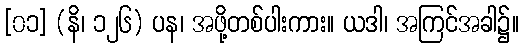
[၀၁] (နိ၊ ၁၂၆) ပန၊ အဖို့တစ်ပါးကား။ ယဒါ၊ အကြင်အခါ၌။